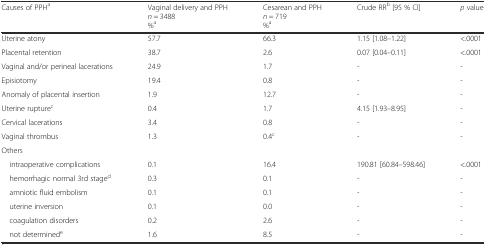
<table><thead><tr><td><b>Causes of PPH<sup>a</sup></b></td><td><b>Vaginal delivery and PPH<i>n</i> = 3488%<sup>a</sup></b></td><td><b>Cesarean and PPH<i>n</i> = 719%<sup>a</sup></b></td><td><b>Crude RR<sup>b</sup> [95 % CI]</b></td><td><b><i>p</i> value</b></td></tr></thead><tbody><tr><td>Uterine atony</td><td>57.7</td><td>66.3</td><td>1.15 [1.08–1.22]</td><td>&lt;.0001</td></tr><tr><td>Placental retention</td><td>38.7</td><td>2.6</td><td>0.07 [0.04–0.11]</td><td>&lt;.0001</td></tr><tr><td>Vaginal and/or perineal lacerations</td><td>24.9</td><td>1.7</td><td>-</td><td>-</td></tr><tr><td>Episiotomy</td><td>19.4</td><td>0.8</td><td>-</td><td>-</td></tr><tr><td>Anomaly of placental insertion</td><td>1.9</td><td>12.7</td><td>-</td><td>-</td></tr><tr><td>Uterine rupture<sup>c</sup></td><td>0.4</td><td>1.7</td><td>4.15 [1.93–8.95]</td><td>-</td></tr><tr><td>Cervical lacerations</td><td>3.4</td><td>0.8</td><td>-</td><td>-</td></tr><tr><td>Vaginal thrombus</td><td>1.3</td><td>0.4<sup>c</sup></td><td>-</td><td>-</td></tr><tr><td colspan="5">Others</td></tr><tr><td> intraoperative complications</td><td>0.1</td><td>16.4</td><td>190.81 [60.84–598.46]</td><td>&lt;.0001</td></tr><tr><td> hemorrhagic normal 3rd stage<sup>d</sup></td><td>0.3</td><td>0.1</td><td>-</td><td>-</td></tr><tr><td> amniotic fluid embolism</td><td>0.1</td><td>0.1</td><td>-</td><td>-</td></tr><tr><td> uterine inversion</td><td>0.1</td><td>0.0</td><td>-</td><td>-</td></tr><tr><td> coagulation disorders</td><td>0.2</td><td>2.6</td><td>-</td><td>-</td></tr><tr><td> not determined<sup>e</sup></td><td>1.6</td><td>8.5</td><td>-</td><td>-</td></tr></tbody></table>